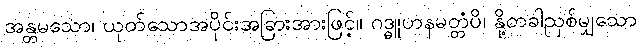
အန္တမသော၊ ယုတ်သောအပိုင်းအခြားအားဖြင့်။ ဂဒ္ဓူဟနမတ္တံပိ၊ နို့တခါညှစ်မျှသော